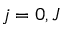
j = 0 , J